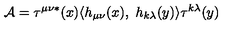
{ \cal A } = \tau ^ { \mu \nu \ast } ( x ) \langle h _ { \mu \nu } ( x ) , \ h _ { k \lambda } ( y ) \rangle \tau ^ { k \lambda } ( y )